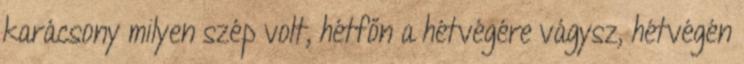
karácsony milyen szép volt, hétfőn a hétvégére vágysz, hétvégén